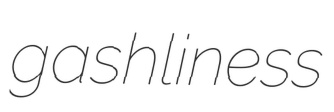
gashliness